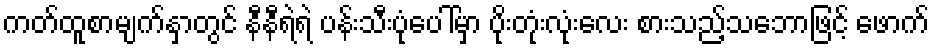
ကတ်ထူစာမျက်နှာတွင် နီနီရဲရဲ ပန်းသီးပုံပေါ်မှာ ပိုးတုံးလုံးလေး စားသည့်သဘောဖြင့် ဖောက်